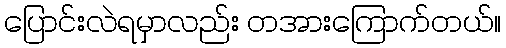
ပြောင်းလဲရမှာလည်း တအားကြောက်တယ်။